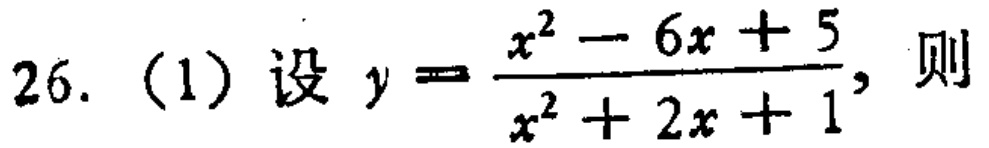
26. (1) 设 \(y = \frac{x^{2}-6x + 5}{x^{2}+2x + 1}\)，则